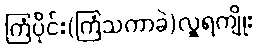
ကြံပိုင်း(ကြံသကာခဲ)လှူရကျိုး